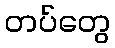
တပ်တွေ